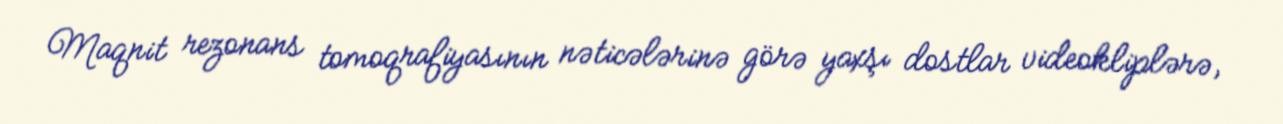
Maqnit rezonans tomoqrafiyasının nəticələrinə görə yaxşı dostlar videokliplərə,